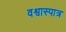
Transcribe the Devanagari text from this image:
वश्वास्पात्र